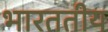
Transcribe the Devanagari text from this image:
भारततीय